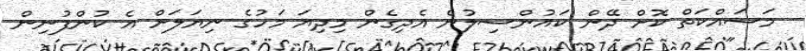
މަސައްކަތް ކޮށް ދޭން ކައުންސިލުން އެދިގެން މިދިޔަ މަހުގެ ނިޔަލަށް އެ ކުންފުނިން